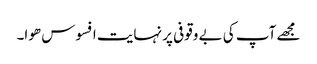
مجھے آپ کی بے وقوفی پر نہایت افسوس ھوا۔